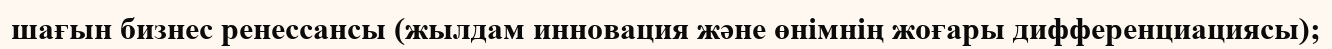
шағын бизнес ренессансы (жылдам инновация және өнімнің жоғары дифференциациясы);